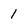
Character: 1